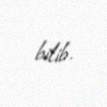
bilib.